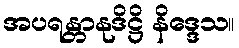
အပရန္တာနုဒိဋ္ဌိ နိဒ္ဒေသ။